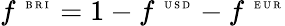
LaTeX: f^{\mathrm{~\tiny~B~R~I~}}=1-f^{\mathrm{~\tiny~U~S~D~}}-f^{\mathrm{~\tiny~E~U~R~}}